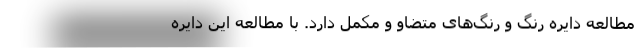
مطالعه دایره رنگ و رنگ‌های متضاو و مکمل دارد. با مطالعه این دایره